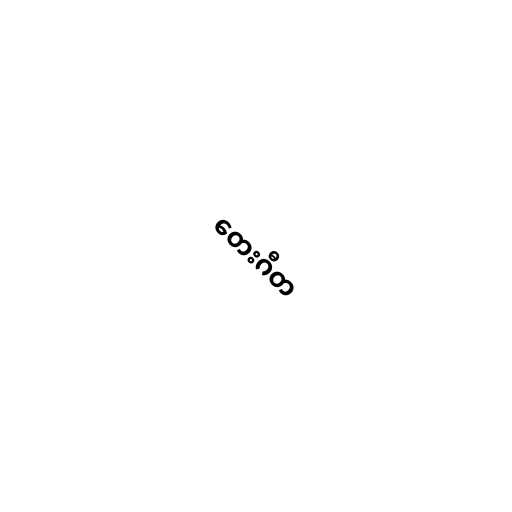
တေးဂီတ